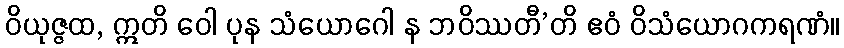
ဝိယုဇ္ဇထ, ဣတိ ဝေါ ပုန သံယောဂေါ န ဘဝိဿတီ’တိ ဧဝံ ဝိသံယောဂကရဏံ။